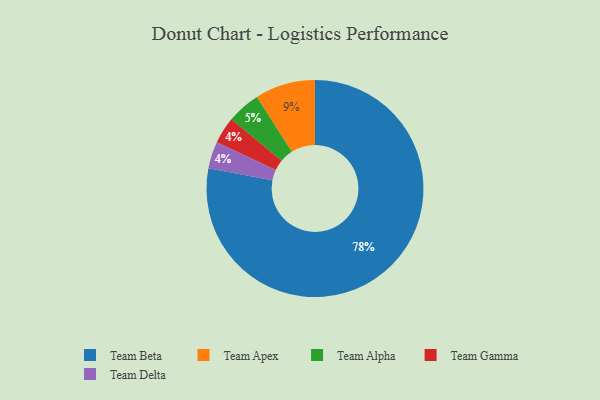
{"axis": {"x": "Category", "y": "Percentage"}, "legend": ["Team Alpha", "Team Apex", "Team Beta", "Team Delta", "Team Gamma"], "data": [{"x": "Team Gamma", "y": 4, "type": "Team Gamma"}, {"x": "Team Alpha", "y": 5, "type": "Team Alpha"}, {"x": "Team Delta", "y": 4, "type": "Team Delta"}, {"x": "Team Beta", "y": 78, "type": "Team Beta"}, {"x": "Team Apex", "y": 9, "type": "Team Apex"}]}